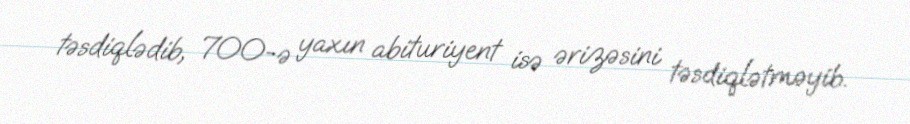
təsdiqlədib, 700-ə yaxın abituriyent isə ərizəsini təsdiqlətməyib.